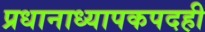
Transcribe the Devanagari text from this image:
प्रधानाध्यापकपदही